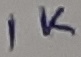
Text: 1K